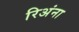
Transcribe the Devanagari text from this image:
रिअंना